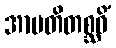
အာပတိတစ္ဆဝိံ